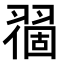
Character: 𬚅